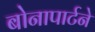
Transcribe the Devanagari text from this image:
बोनापार्टने